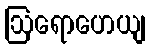
ဩရောဟေယျ